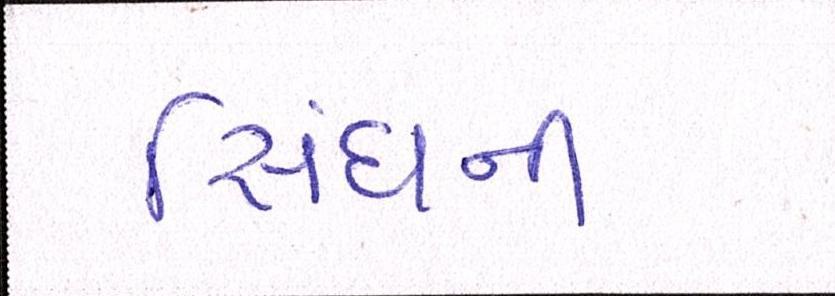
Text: સિંઘની